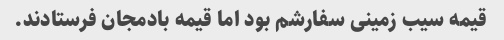
قیمه سیب زمینی سفارشم بود اما قیمه بادمجان فرستادند.